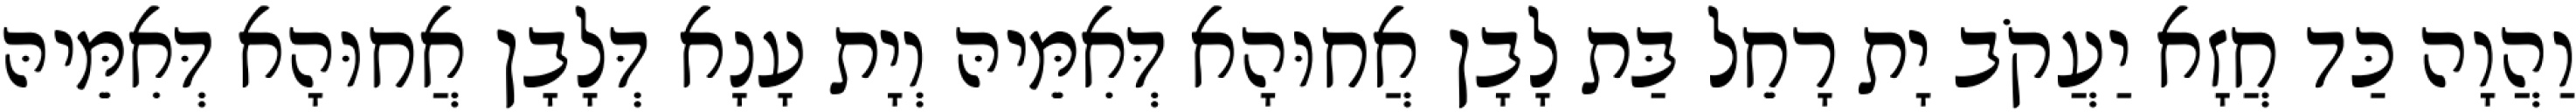
וַהֲוָה כַּד חֲזָא יַעֲקֹב יָת רָחֵל בַּת לָבָן אֲחוּהָא דְּאִמֵּיהּ וְיָת עָנָא דְּלָבָן אֲחוּהָא דְּאִמֵּיהּ